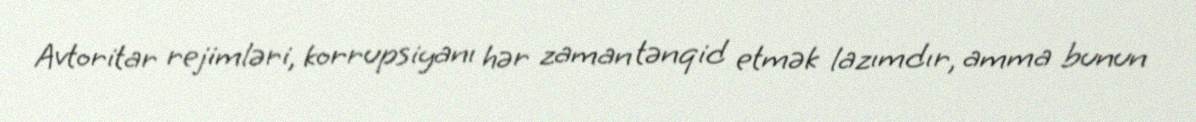
Avtoritar rejimləri, korrupsiyanı hər zaman tənqid etmək lazımdır, amma bunun